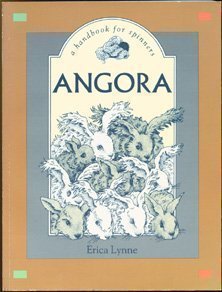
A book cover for Angora: A Handbook for Spinners; Erica Lynne; Crafts, Hobbies & Home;